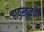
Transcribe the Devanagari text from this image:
हायस्कुलची